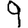
Digit: 9